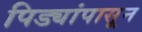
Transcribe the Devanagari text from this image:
पिड्यांपासून